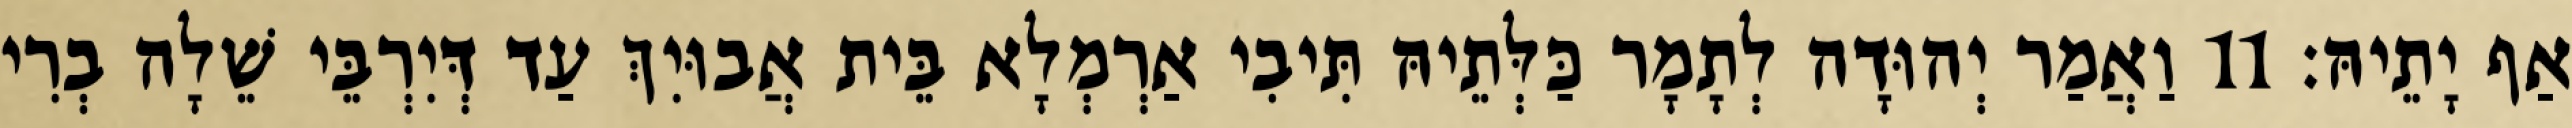
אַף יָתֵיהּ׃ 11 וַאֲמַר יְהוּדָה לְתָמָר כַּלְּתֵיהּ תִּיבִי אַרְמְלָא בֵּית אֲבוּיִךְ עַד דְּיִרְבֵּי שֵׁלָה בְרִי